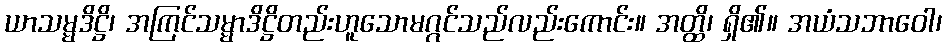
ယာသမ္မဒိဋ္ဌိ၊ အကြင်သမ္မာဒိဋ္ဌိတည်းဟူသောမဂ္ဂင်သည်လည်းကောင်း။ အတ္ထိ၊ ရှိ၏။ အယံသဘာဝေါ၊